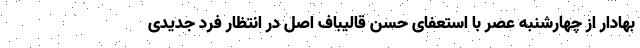
بهادار از چهارشنبه عصر با استعفای حسن قالیباف اصل در انتظار فرد جدیدی